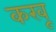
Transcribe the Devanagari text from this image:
करवू